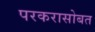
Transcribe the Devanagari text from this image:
परकरासोबत